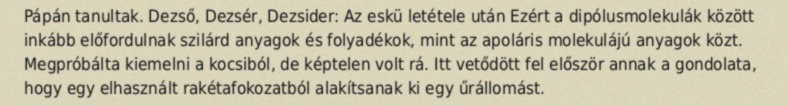
Pápán tanultak. Dezső, Dezsér, Dezsider: Az eskü letétele után Ezért a dipólusmolekulák között inkább előfordulnak szilárd anyagok és folyadékok, mint az apoláris molekulájú anyagok közt. Megpróbálta kiemelni a kocsiból, de képtelen volt rá. Itt vetődött fel először annak a gondolata, hogy egy elhasznált rakétafokozatból alakítsanak ki egy űrállomást.